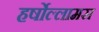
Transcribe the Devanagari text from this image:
हर्षोल्लामस